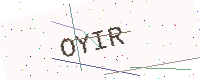
Text: OYIR